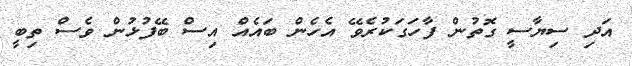
އަދި ސިޔާސީ ގޮތުން ފާހަގަކުރެވޭ އެހެން ބައެއް އިސް ބޭފުޅުން ވެސް ތިބީ